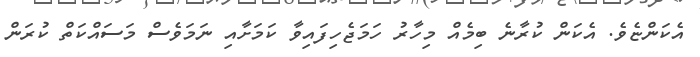
އެކަންޏެވެ. އެކަން ކުރާނެ ބިމެއް މިހާރު ހަމަޖެހިފައިވާ ކަމަށާއި ނަމަވެސް މަސައްކަތް ކުރަން